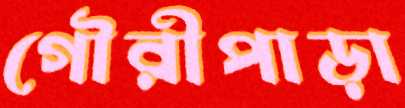
গৌরীপাড়া